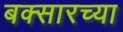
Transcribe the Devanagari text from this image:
बक्सारच्या